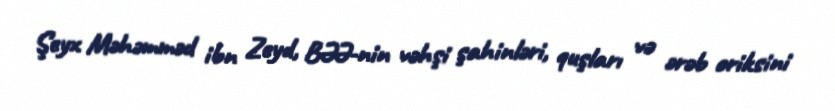
Şeyx Məhəmməd ibn Zeyd, BƏƏ-nin vəhşi şahinləri, quşları və ərəb oriksini